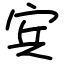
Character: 宾